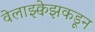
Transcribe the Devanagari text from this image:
वेलाझ्क्वेझकडून